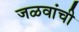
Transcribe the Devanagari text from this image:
जळवांची